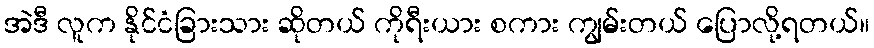
အဲဒီ လူက နိုင်ငံခြားသား ဆိုတယ် ကိုရီးယား စကား ကျွမ်းတယ် ပြောလို့ရတယ်။